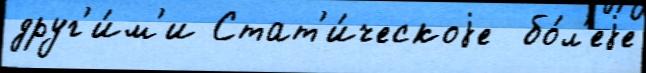
друг'и́м'и Стат'и́ческоjе  бо́л'еjе